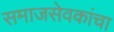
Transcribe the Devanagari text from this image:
समाजसेवकांचा